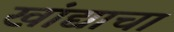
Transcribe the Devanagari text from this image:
खांद्याचा